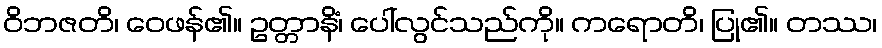
ဝိဘဇတိ၊ ဝေဖန်၏။ ဥတ္တာနိံ၊ ပေါ်လွင်သည်ကို။ ကရောတိ၊ ပြု၏။ တဿ၊